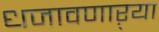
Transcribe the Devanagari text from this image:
धजावणाऱ्या